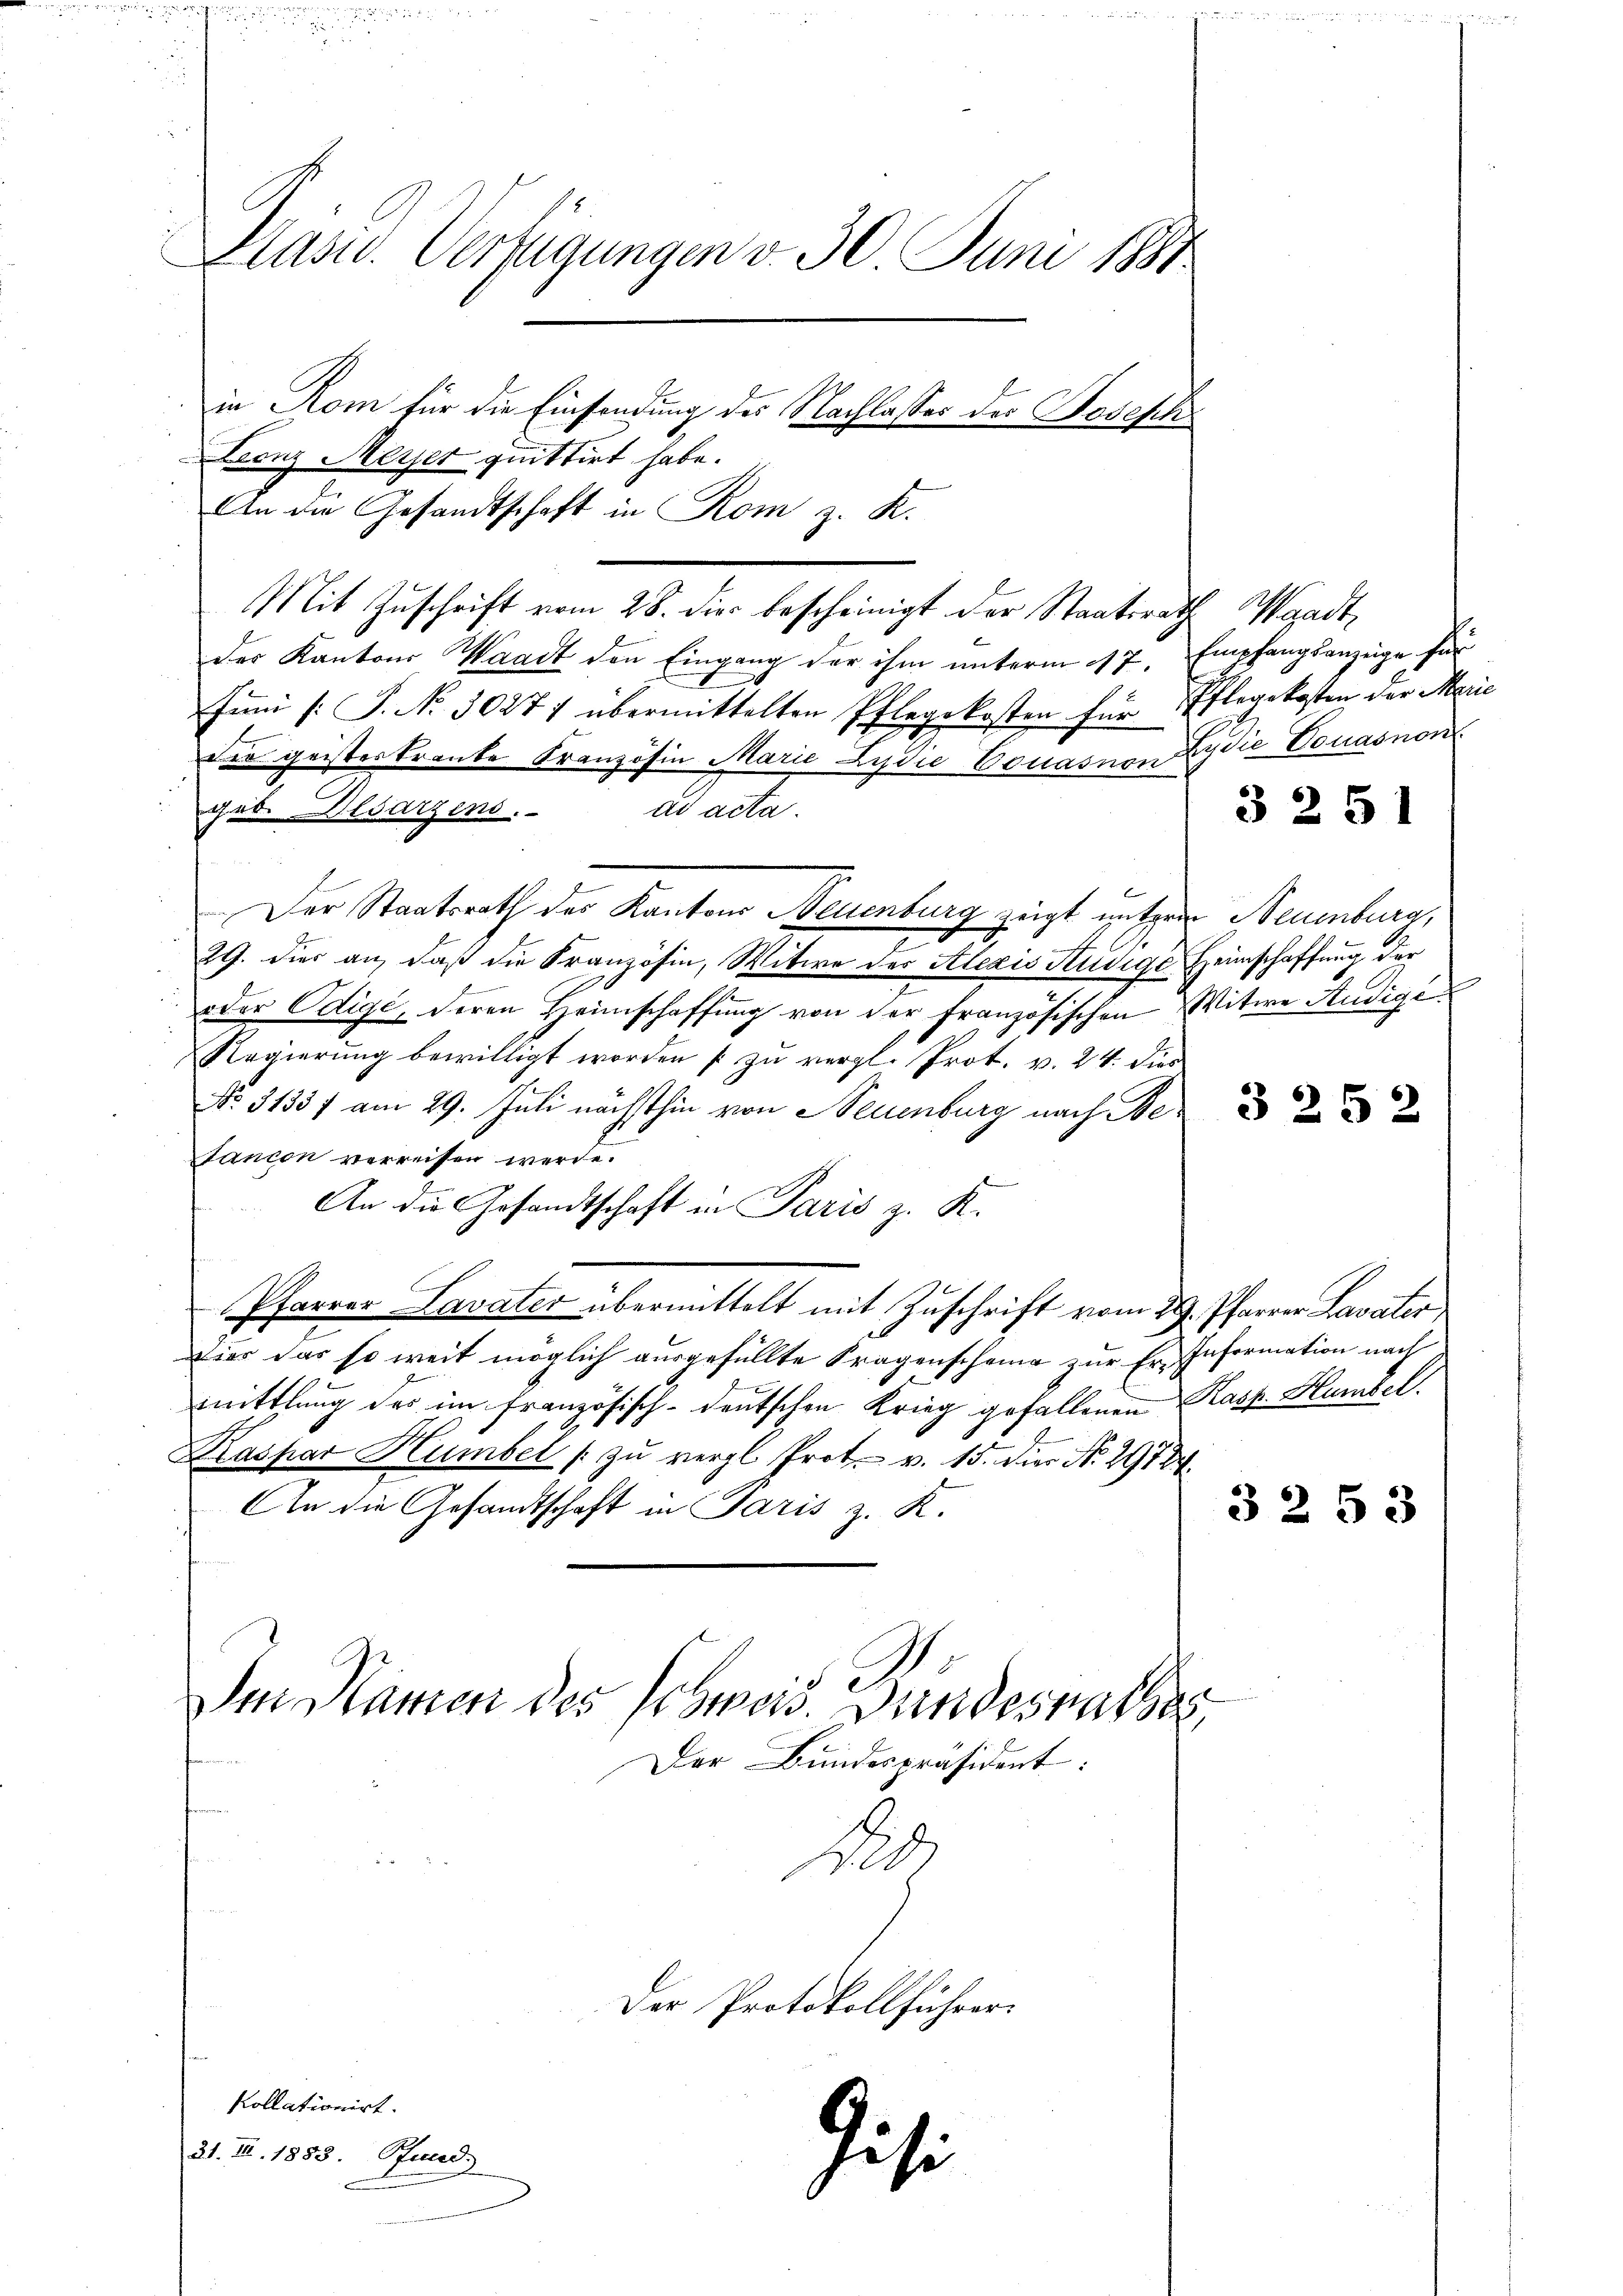
Präsid. Verfügungen v. 30 Juni 1881
in Rom für die Einsendung des Nachlasses der Hosesch
Franz Meyer quittirt habe.
An die Gesandtschaft in Rom z. R.

Mit Zuschrift vom 28. die bescheinigt der Staatsrath Waadt,
der Kantons Waadt den Eingang der ihm unterm 17. Empfangsanzeige für
Funi /: P. No 3027/ übermittelten Pflegekosten für Pflegekosten der Marie
E
dir geisteskranke Kranzösin Marie Lydie Bonas von Lydić Vouasnon
ad acta.
Jes. Uldarzen.
 2
Der Staatsrath der Kantons Neuenburg zeigt untere Neuenburg,
.
29. Dies an, daß die Französin, Witwe des Alexis Kudige Heimschaffung der
oder Odige, deren Heimschaffung von der französischen Witwe Audige
Regierung bewilligt worden [zu vergl. Prot. v. 24. dies
No. 3133 f am 29. Juli nächsthin von Neuenburg nach Be¬
STancon verreissen werde.
An die Gesandtschaft in Paris z. K.
Pfarrer Lavater übermittelt mit Zuschrift vom 29. Pfarrer Lavater
Dier das so weit möglich ausgefüllte Fragenscheine zur Er-Information nach
mittlung des im französisch-deutschen Krieg gefallenen Kasp. Humbel
Kaspar Humbel zu vergl. Prot. v. 15. Die Nr. 2988.
An die Gesandtschaft in Paris z. K.
Im Namen des Schweis. Bundesrathes
Der Bundespräsident:
1.8.
Der Protokollführer.

kollationirt.
31. II. 1888. Pfund

lis

li

3251

3252

3253